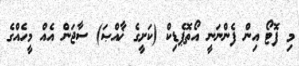
މި ފޮޓޯ އިން ފެންނަނީ އޯތޮޕެޑިކް (ކަށީގެ ޚާއްޞަ) ސާޖަން އެއް މީހެއްގެ